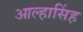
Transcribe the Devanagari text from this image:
आल्हासिंह